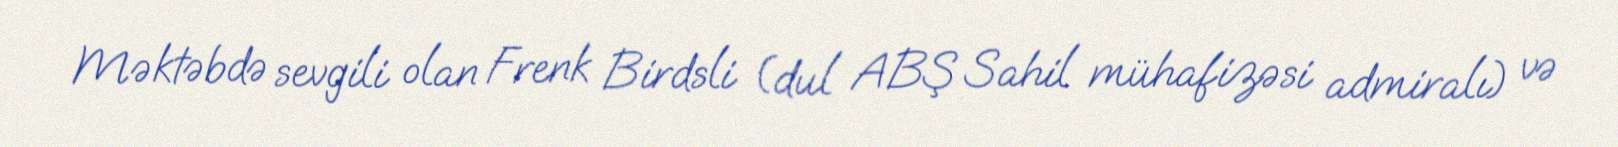
Məktəbdə sevgili olan Frenk Birdsli (dul ABŞ Sahil mühafizəsi admiralı) və